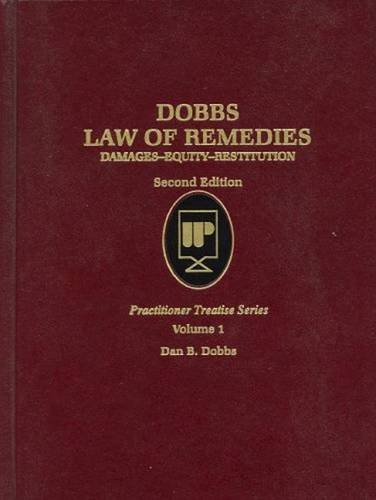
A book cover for Law of Remedies V1 (Practitioner Treatise Series); Dan B. Dobbs; Law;